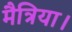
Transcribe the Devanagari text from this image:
मैत्रिया।